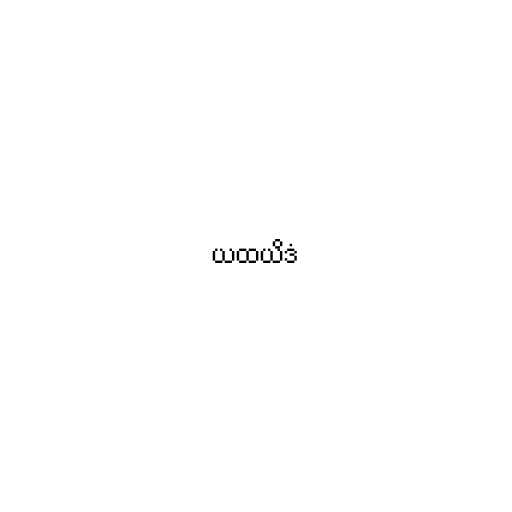
ယထယိဒံ